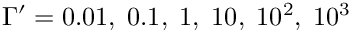
\Gamma ^ { \prime } = 0 . 0 1 , \; 0 . 1 , \; 1 , \; 1 0 , \; 1 0 ^ { 2 } , \; 1 0 ^ { 3 }